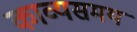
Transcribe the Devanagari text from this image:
काव्यसमय